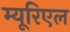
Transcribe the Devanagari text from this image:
म्यूरिएल